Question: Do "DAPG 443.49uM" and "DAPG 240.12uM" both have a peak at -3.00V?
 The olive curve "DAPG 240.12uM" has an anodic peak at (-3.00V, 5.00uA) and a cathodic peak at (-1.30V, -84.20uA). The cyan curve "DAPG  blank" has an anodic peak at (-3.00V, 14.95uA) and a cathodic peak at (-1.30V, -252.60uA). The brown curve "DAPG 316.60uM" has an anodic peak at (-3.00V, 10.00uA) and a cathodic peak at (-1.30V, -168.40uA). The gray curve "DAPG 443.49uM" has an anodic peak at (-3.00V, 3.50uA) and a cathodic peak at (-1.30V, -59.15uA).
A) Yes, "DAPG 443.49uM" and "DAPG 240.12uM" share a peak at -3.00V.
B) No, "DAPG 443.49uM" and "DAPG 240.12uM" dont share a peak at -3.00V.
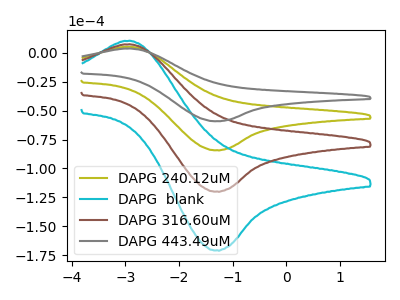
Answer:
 <answer>A) Yes, "DAPG 443.49uM" and "DAPG 240.12uM" share a peak at -3.00V.</answer>
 <eval>A</eval>